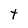
Character: t